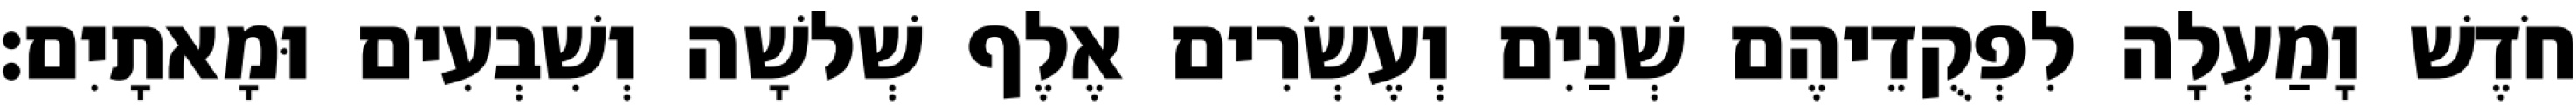
חֹדֶשׁ וָמַעְלָה לִפְקֻדֵיהֶם שְׁנַיִם וְעֶשְׂרִים אֶלֶף שְׁלשָׁה וְשִׁבְעִים וּמָאתָיִם׃